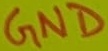
Text: GND